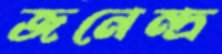
জনেন্দ্র